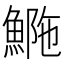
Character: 𩷿